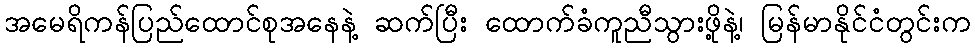
အမေရိကန်ပြည်ထောင်စုအနေနဲ့ ဆက်ပြီး ထောက်ခံကူညီသွားဖို့နဲ့၊ မြန်မာနိုင်ငံတွင်းက